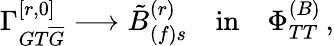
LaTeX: \Gamma_{GT\overline{{{G}}}}^{[r,0]}\longrightarrow{\tilde{B}}_{(f)s}^{(r)}\quad\mathrm{{in}}\quad\Phi_{TT}^{(B)}\, ,